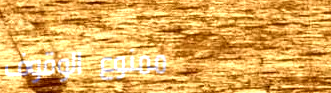
ممنوع الوقوف